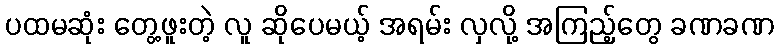
ပထမဆုံး တွေ့ဖူးတဲ့ လူ ဆိုပေမယ့် အရမ်း လှလို့ အကြည့်တွေ ခဏခဏ